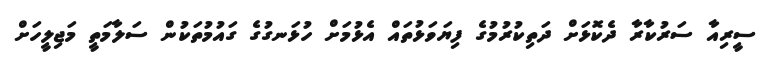
ސީރިއާ ސަރުކާރާ ދެކޮޅަށް ދަތިކުރުމުގެ ފިޔަވަޅުތައް އެޅުމަށް ހުޅަނގުގެ ގައުމުތަކުން ސަލާމަތީ މަޖިލީހަށް